Indian Civil Veterinary Department memoirs
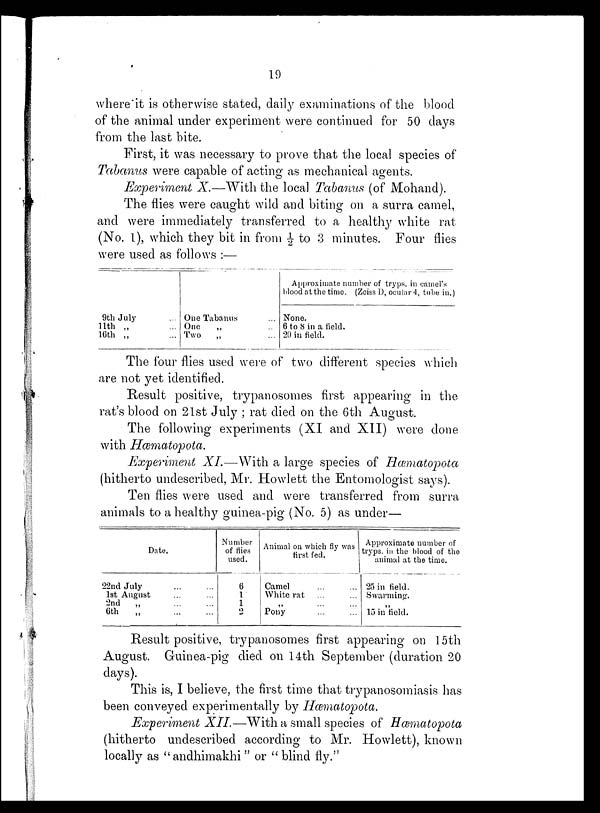
19
where it is otherwise stated, daily examinations of the blood
of the animal under experiment were continued for 50 days
from the last bite.
First, it was necessary to prove that the local species of
Tabanus were capable of acting as mechanical agents.
Experiment X.—With the local Tabanus (of Mohand).
The flies were caught wild and biting on a surra camel,
and were immediately transferred to a healthy white rat
(No. 1), which they bit in from ½ to 3 minutes. Four flies
were used as follows :—
9th July ...
11th „ ...
16th „ ...
One Tabanus ...
One „ ...
Two „ ...
Approximate number of tryps. in camel's
blood at the time. (Zeiss D, ocular 4, tube in.)
None.
6 to 8 in a field.
20 in field.
The four flies used were of two different species which
are not yet identified.
Result positive, trypanosomes first appearing in the
rat's blood on 21st July ; rat died on the 6th August.
The following experiments (XI and XII) were done
with Hæmatopota.
Experiment XI.—With a large species of Hæmatopota
(hitherto undescribed, Mr. Howlett the Entomologist says).
Ten flies were used and were transferred from surra
animals to a healthy guinea-pig (No. 5) as under—
Date.
22nd July
...
...
1st August ... ...
2nd
„
...
6th
„
...
...
Number
of flies
used.
6
1
1
2
Animal on which fly was
first fed.
Camel ... ...
White
rat
...
...
„ ... ...
Pony ... ...
Approximate number of
tryps. in the blood of the
animal at the time.
25 in field.
Swarming.
„
15 in field.
Result positive, trypanosomes first appearing on 15th
August. Guinea-pig died on 14th September (duration 20
days).
This is, I believe, the first time that trypanosomiasis has
been conveyed experimentally by Hæmatopota.
Experiment XII.—With a small species of Hæmatopota
(hitherto undescribed according to Mr. Howlett), known
locally as "andhimakhi " or " blind fly."